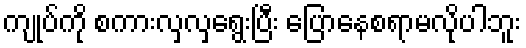
ကျုပ်ကို စကားလှလှရွေးပြီး ပြောနေစရာမလိုပါဘူး